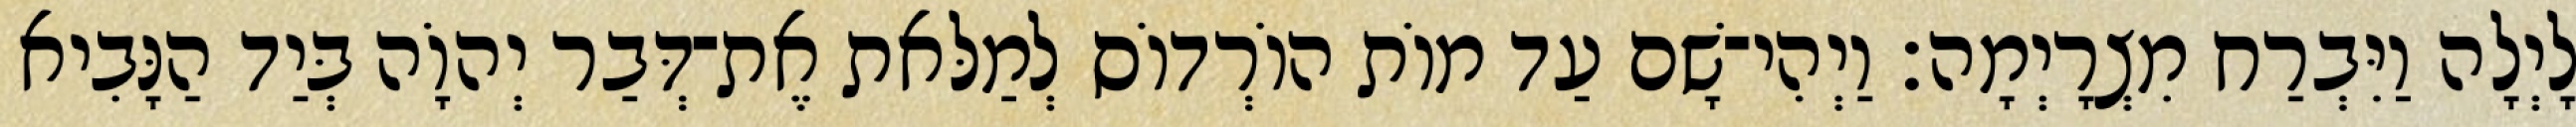
לָיְלָה וַיִּבְרַח מִצְרָיְמָה׃ וַיְהִי־שָׁם עַד מוֹת הוֹרְדוֹס לְמַלּאת אֶת־דְּבַר יְהוָֹה בְּיַד הַנָּבִיא